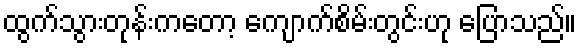
ထွက်သွားတုန်းကတော့ ကျောက်စိမ်းတွင်းဟု ပြောသည်။